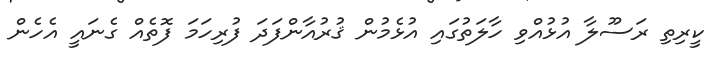
ކީރިތި ރަސޫލާ އުޅުއްވި ހާލަތުގައި އުޅެމުން ޤުރުއާންފަދަ ފުރިހަމަ ފޮތެއް ގެނައީ އެހެން